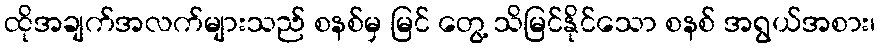
ထိုအချက်အလက်များသည် စနစ်မှ မြင် တွေ့ သိမြင်နိုင်သော စနစ် အရွယ်အစား၊